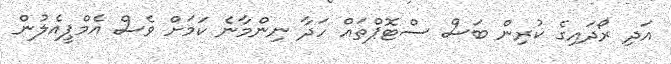
އަދި ރޯދައިގެ ކުރިން ބަސް ސްޓޮޕްތައް ހަދާ ނިންމާނެ ކަމަށް ވެސް އެމްޕީއެލުން